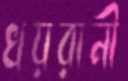
খয়রানী